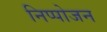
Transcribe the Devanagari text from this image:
निप्‍पोजन